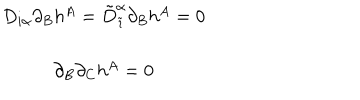
\begin{array} { c } { { D _ { i \alpha } \partial _ { B } h ^ { A } = \tilde { D } _ { \tilde { \imath } } ^ { \alpha } \partial _ { B } h ^ { A } = 0 } } \\ { { { } } } \\ { { \partial _ { B } \partial _ { C } h ^ { A } = 0 } } \\ \end{array}